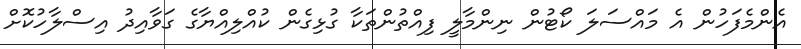
އެންމެފަހުން އެ މައްސަލަ ކޯޓުން ނިންމާލީ ފިއްތުންތަކާ ގުޅިގެން ކުއްލިއްޔާގެ ގަވާއިދު އިސްލާހުކޮށް